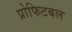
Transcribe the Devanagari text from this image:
प्रोफिटबल